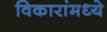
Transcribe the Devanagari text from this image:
विकारांमध्ये